Civil Veterinary Dept. North-West Frontier Province 1933-46 - 1933-1946
Year: 1933
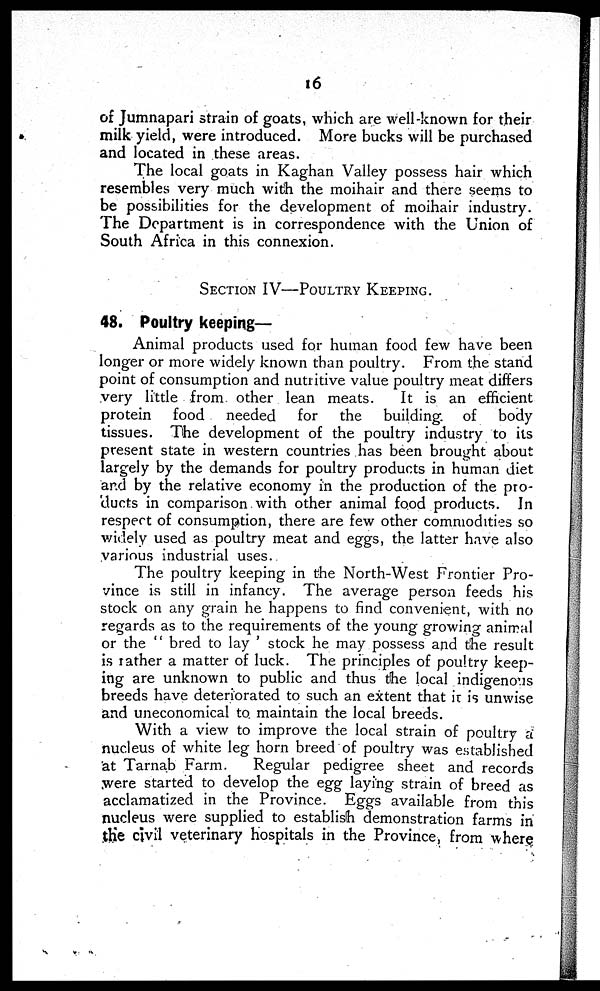
16
of Jumnapari strain of g oats, which are well-known for their
milk yield, were introduced. More bucks will be purchased
and located in these areas.
The local goats in Kaghan Valley possess hair which
resembles very much with the moihair and there seems to
be possibilities for the development of moihair industry.
The Department is in correspondence with the Union of
South Africa in this connexion.
SECTION IV—POULTRY KEPING.
48. Poultry keeping—
Animal products used for human food few have been
longer or more widely known than poultry. From the stand
point of consumption and nutritive value poultry meat differs
very little from other lean meats.
It is an efficient
protein
food
needed
for
the
building
of
body
tissues. The development of the poultry industry to its
present state in western countries has been brought about
largely by the demands for poultry products in human diet
and by the relative economy in the production of the pro-
ducts in comparison with other animal food products. In
respect of consumption, there are few other commodities so
widely used as poultry meat and eggs, the latter have also
various industrial uses.
The poultry keeping in the North-West Frontier Pro-
vince is still in infancy. The average person feeds his
stock on any grain he happens to find convenient, with no
regards as to the requirements of the young growing animal
or the "bred to lay' stock he may possess and the result
is rather a matter of luck. The principles of poultry keep-
ing are unknown to public and thus the local indigenous
breeds have deteriorated to such an extent that it is unwise
and uneconomical to maintain the local breeds.
With a view to improve the local strain of poultry a
nucleus of white leg horn breed of poultry was established
at Tarnab Farm.
Regular pedigree sheet and records
were started to develop the egg laying strain of breed as
acclamatized in the Province. Eggs available from this
nucleus were supplied to establish demonstration farms in
the civil veterinary hospitals in the Province, from where